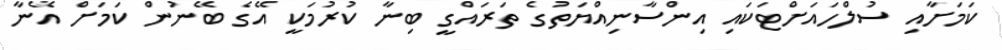
ކަމަށާއި ސުލްހައަށްޓަކައި އިންސާނިއްޔަތުގެ ތަރައްގީ ބިނާ ކުރުމަކީ އޭގެ ބޭނުން ކަމަށް އޭނާ